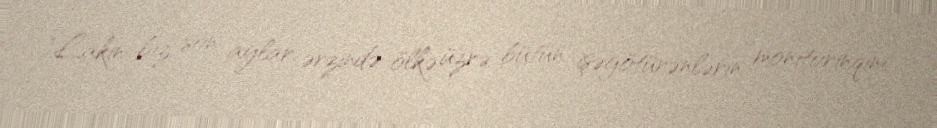
"Lakin biz son aylar ərzində ölkə üzrə bütün işəgötürənlərin monitorinqini